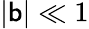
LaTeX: |\mathsf{b}|\ll1